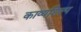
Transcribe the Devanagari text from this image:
काव्यशिल्प